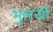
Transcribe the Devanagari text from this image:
भुलजी